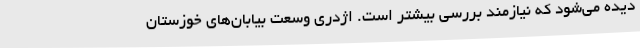
دیده می‌شود که نیازمند بررسی بیشتر است. اژدری وسعت بیابان‌های خوزستان